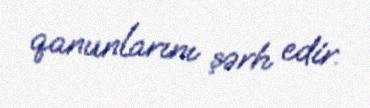
qanunlarını şərh edir.